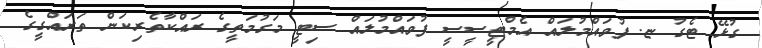
ގުޅޭ ޓެގު ޏ. ފުވައްމުލައް އެމްޓީސީސީ ފުވައްމުލައް ސިޓީ މަގުމަތީގެ ރައްކާތެރިކަން ތަރައްގީގެ